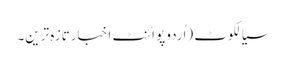
سیالکوٹ (اُردو پوائنٹ اخبارتازہ ترین۔